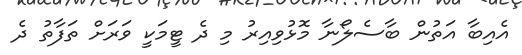
އެއިބާ އަތުން ބާސެލޯނާ މޮޅުވިއިރު މި ދެ ޓީމަކީ ވަރަށް ތަފާތު ދެ